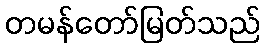
တမန်တော်မြတ်သည်